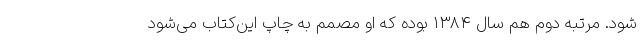
شود. مرتبه دوم هم سال ۱۳۸۴ بوده که او مصمم به چاپ این‌کتاب می‌شود